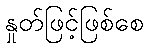
နှုတ်ဖြင့်ဖြစ်စေ